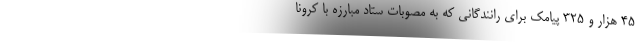
۴۵ هزار و ۳۲۵ پیامک برای رانندگانی که به مصوبات ستاد مبارزه با کرونا